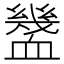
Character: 𧗓